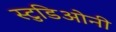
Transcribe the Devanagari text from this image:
स्टुडिओनी